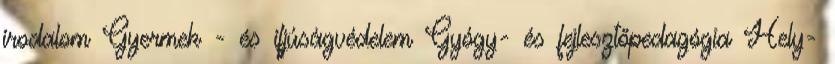
irodalom Gyermek - és ifjúságvédelem Gyógy- és fejlesztőpedagógia Hely-